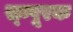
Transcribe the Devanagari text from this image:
स्म्पूरक